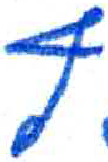
אות: ף